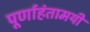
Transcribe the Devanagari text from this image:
पूर्णाहंतामयी